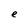
Character: e